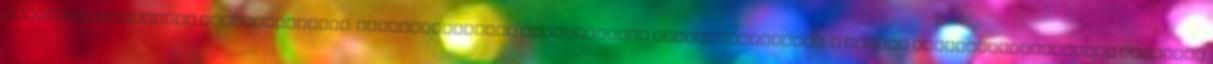
szerepvállalásával Összeállította: Magánbiztosítók egészségügyi reformbizottsága. A magyar egészségbiztosítási rendszer